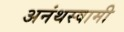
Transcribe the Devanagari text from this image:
अनंथस्वामी